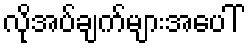
လိုအပ်ချက်များအပေါ်